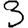
Digit: 3